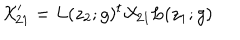
LaTeX: { \cal X } _ { 2 1 } ^ { \prime } = L ( z _ { 2 } ; g ) ^ { t } { \cal X } _ { 2 1 } L ( z _ { 1 } ; g ) ~ ~